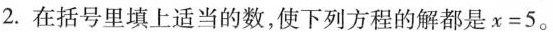
2.在括号里填上适当的数，使下列方程的解都是$$x = 5$$。